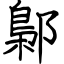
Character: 鄡